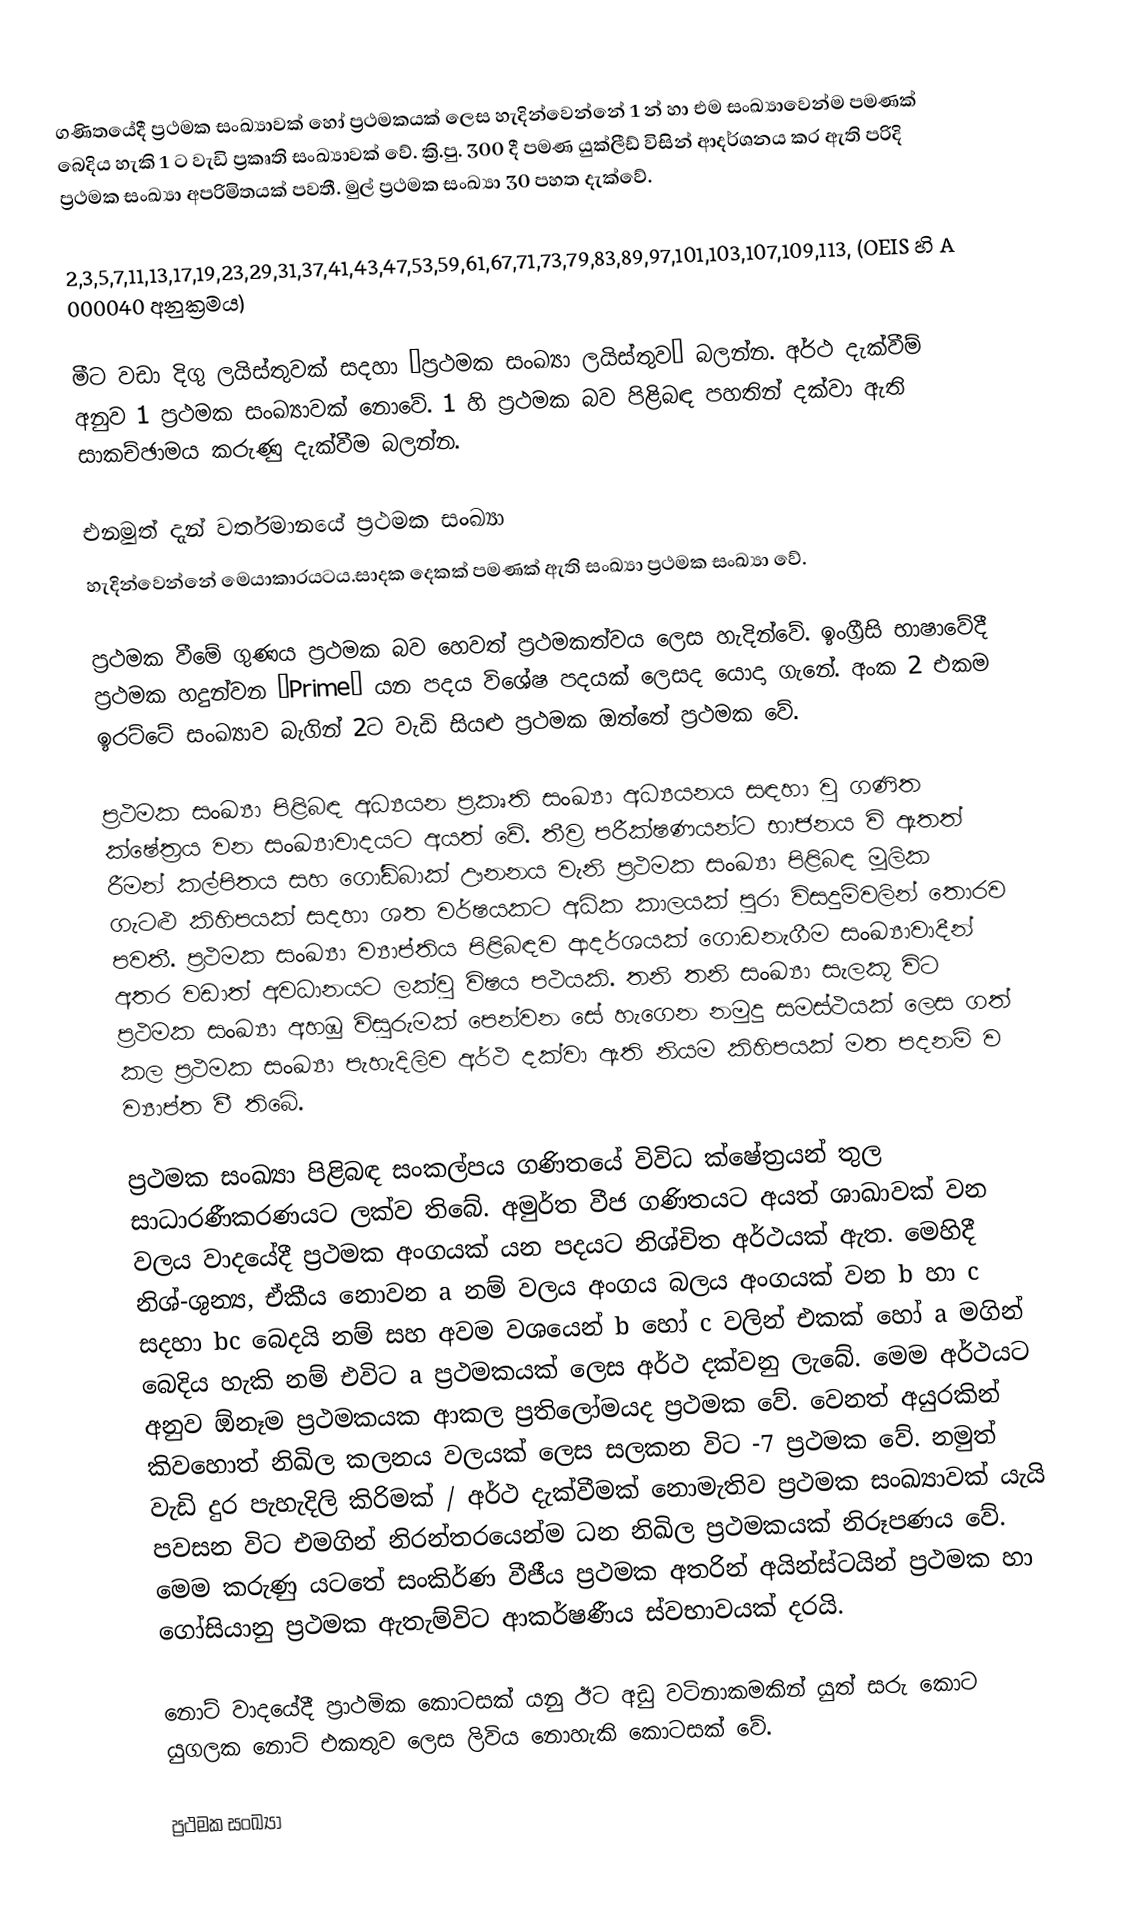
ගණිතයේදී ප්‍රථමක සංඛ්‍යාවක් හෝ ප්‍රථමකයක් ලෙස හැදින්වෙන්නේ 1 න් හා එම සංඛ්‍යාවෙන්ම පමණක් බෙදිය හැකි 1 ට වැඩි ප්‍රකෘති සංඛ්‍යාවක් වේ. ක්‍රි.පු. 300 දී පමණ යුක්ලීඩ් විසින් ආදර්ශනය කර ඇති පරිදි ප්‍රථමක සංඛ්‍යා අපරිමිතයක් පවතී. මුල් ප්‍රථමක සංඛ්‍යා 30 පහත දැක්වේ.

2,3,5,7,11,13,17,19,23,29,31,37,41,43,47,53,59,61,67,71,73,79,83,89,97,101,103,107,109,113, (OEIS හි A 000040 අනුක්‍රමය)

මීට වඩා දිගු ලයිස්තුවක් සදහා “ප්‍රථමක සංඛ්‍යා ලයිස්තුව” බලන්න. අර්ථ දැක්වීම් අනුව 1 ප්‍රථමක සංඛ්‍යාවක් නොවේ. 1 හි ප්‍රථමක බව පිළිබඳ පහතින් දක්වා ඇති සාකච්ඡාමය කරුණු දැක්වීම බලන්න.

එනමුත් දැන් වර්තමානයේ ප්‍රථමක සංඛ්‍යා
හැදින්වෙන්නේ මෙයාකාරයටය.සාදක දෙකක් පමණක් ඇති සංඛ්‍යා ප්‍රථමක සංඛ්‍යා වේ.

ප්‍රථමක වීමේ ගුණය ප්‍රථමක බව හෙවත් ප්‍රථමකත්වය ලෙස හැදින්වේ. ඉංග්‍රීසි භාෂාවේදී ප්‍රථමක හදුන්වන “Prime” යන පදය විශේෂ පදයක් ලෙසද යොදා ගැනේ. අංක 2 එකම ඉරට්ටේ සංඛ්‍යාව බැගින් 2ට වැඩි සියළු ප්‍රථමක ඔත්තේ ප්‍රථමක වේ.

ප්‍රථමක සංඛ්‍යා පිළිබඳ අධ්‍යයන ප්‍රකෘති සංඛ්‍යා අධ්‍යයනය සඳහා වු ගණිත ක්ෂේත්‍රය වන සංඛ්‍යාවාදයට අයත් වේ. තීව්‍ර පරීක්ෂණයන්ට භාජනය වි ඇතත් රීමන් කල්පිතය සහ ගෝඩ්බාක් ඌනනය වැනි ප්‍රථමක සංඛ්‍යා පිළිබඳ මූලික ගැටළු කිහිපයක් සදහා ශත වර්ෂයකට අධික කාලයක් පුරා විසදුම්වලින් තොරව පවතී. ප්‍රථමක සංඛ්‍යා ව්‍යාප්තිය පිළිබඳව ආදර්ශයක් ගොඩනැගීම සංඛ්‍යාවාදීන් අතර වඩාත් අවධානයට ලක්වු විෂය පථයකි. තනි තනි සංඛ්‍යා සැලකූ විට ප්‍රථමක සංඛ්‍යා අහඹු විසුරුමක් පෙන්වන සේ හැගෙන නමුදු සමස්ථයක් ලෙස ගත් කල ප්‍රථමක සංඛ්‍යා පැහැදිලිව අර්ථ දක්වා ඇති නියම කිහිපයක් මත පදනම් ව ව්‍යාප්ත වී තිබේ.

ප්‍රථමක සංඛ්‍යා පිළිබඳ සංකල්පය ගණිතයේ විවිධ ක්ෂේත්‍රයන් තුල සාධාරණීකරණයට ලක්ව තිබේ. අමුර්ත වීජ ගණිතයට අයත් ශාඛාවක් වන වලය වාදයේදී ප්‍රථමක අංගයක් යන පදයට නිශ්චිත අර්ථයක් ඇත. මෙහිදී නිශ්-ශුන්‍ය, ඒකීය නොවන a නම් වලය අංගය බලය අංගයක් වන b හා c සදහා bc බෙදයි නම් සහ අවම වශයෙන් b හෝ c වලින් එකක් හෝ a මගින් බෙදිය හැකි නම් එවිට a ප්‍රථමකයක් ලෙස අර්ථ දක්වනු ලැබේ. මෙම අර්ථයට අනුව ඕනෑම ප්‍රථමකයක ආකල ප්‍රතිලෝමයද ප්‍රථමක වේ. වෙනත් අයුරකින් කිවහොත් නිඛිල කලනය වලයක් ලෙස සලකන විට -7 ප්‍රථමක වේ. නමුත් වැඩි දුර පැහැදිලි කිරිමක් / අර්ථ දැක්වීමක් නොමැතිව ප්‍රථමක සංඛ්‍යාවක් යැයි පවසන විට එමගින් නිරන්තරයෙන්ම ධන නිඛිල ප්‍රථමකයක් නිරූපණය වේ. මෙම කරුණු යටතේ සංකිර්ණ වීජීය ප්‍රථමක අතරින් අයින්ස්ටයින් ප්‍රථමක හා ගෝසියානු ප්‍රථමක ඇතැම්විට ආකර්ෂණීය ස්වභාවයක් දරයි.

නොට් වාදයේදී ප්‍රාථමික කොටසක් යනු ඊට අඩු වටිනාකමකින් යුත් සරු කොට යුගලක නොට් එකතුව ලෙස ලිවිය නොහැකි කොටසක් වේ.

ප්‍රථමක සංඛ්‍යා